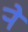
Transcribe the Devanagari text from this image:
र्‍ाे